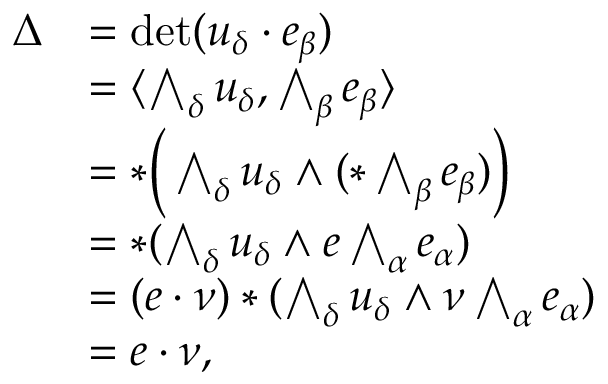
\begin{array} { r l } { \Delta } & { = \operatorname* { d e t } ( u _ { \delta } \cdot e _ { \beta } ) } \\ & { = \langle \bigwedge _ { \delta } u _ { \delta } , \bigwedge _ { \beta } e _ { \beta } \rangle } \\ & { = * \Big ( \bigwedge _ { \delta } u _ { \delta } \wedge ( * \bigwedge _ { \beta } e _ { \beta } ) \Big ) } \\ & { = * ( \bigwedge _ { \delta } u _ { \delta } \wedge e \bigwedge _ { \alpha } e _ { \alpha } ) } \\ & { = ( e \cdot \nu ) * ( \bigwedge _ { \delta } u _ { \delta } \wedge \nu \bigwedge _ { \alpha } e _ { \alpha } ) } \\ & { = e \cdot \nu , } \end{array}